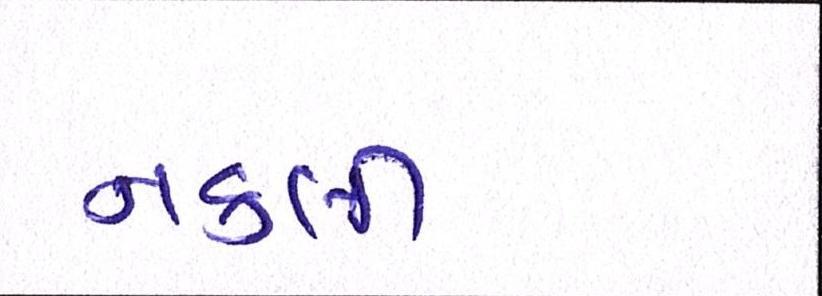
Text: નકલી